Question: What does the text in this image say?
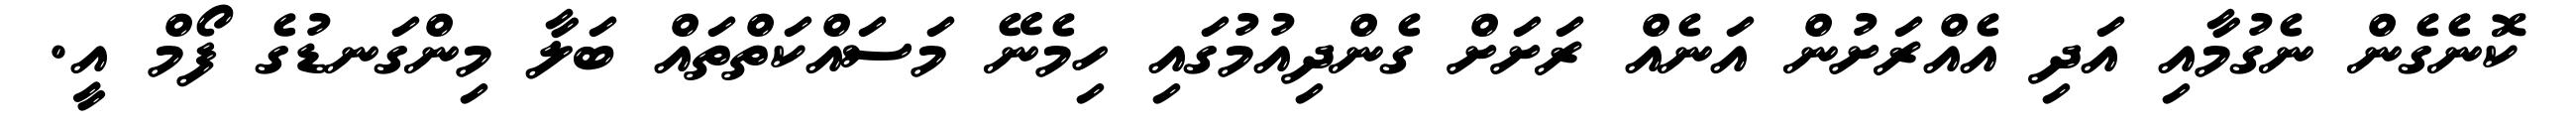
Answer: ކޮނެގެން ނެގުމާއި އަދި އެއްރަށުން އަނެއް ރަށަށް ގެންދިއުމުގައި ހިމެނޭ މަސައްކަތްތައް ބަލާ މިންގަނޑުގެ ފޯމް އީ.